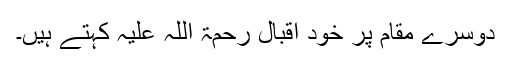
دوسرے مقام پر خود اقبال رحمۃ اللہ علیہ کہتے ہیں۔